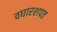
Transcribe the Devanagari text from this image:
वघारशपत